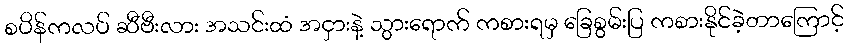
စပိန်ကလပ် ဆီဗီးလား အသင်းထံ အငှားနဲ့ သွားရောက် ကစားရမှ ခြေစွမ်းပြ ကစားနိုင်ခဲ့တာကြောင့်